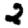
Digit: 2